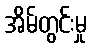
အိမ်တွင်းမှု